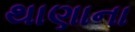
થાણાના